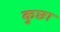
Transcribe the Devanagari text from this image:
कुछा